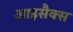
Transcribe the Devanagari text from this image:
आइसैक्स